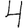
Digit: 4